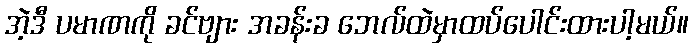
အဲ့ဒီ ပမာဏကို ခင်ဗျား အခန်းခ ဘေလ်ထဲမှာထပ်ပေါင်းထားပါ့မယ်။